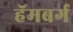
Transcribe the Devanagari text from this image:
हॅमबर्ग